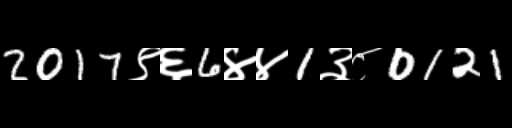
Text: 2017९६6४४1३८0121